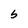
Character: s